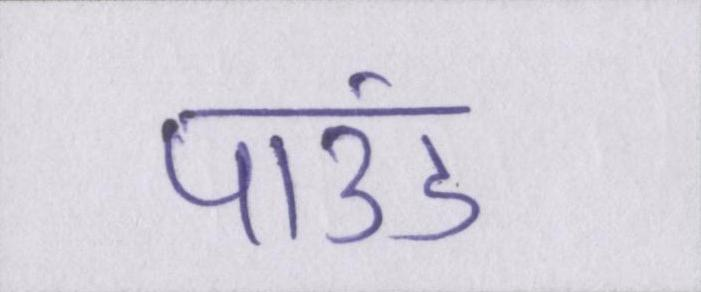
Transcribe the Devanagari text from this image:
पाउंड